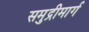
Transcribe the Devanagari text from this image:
समुद्रीमार्ग